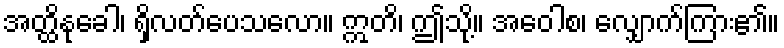
အတ္ထိနုခေါ၊ ရှိလတ်ပေသလော။ ဣတိ၊ ဤသို့။ အဝေါစ၊ လျှောက်ကြား၏။